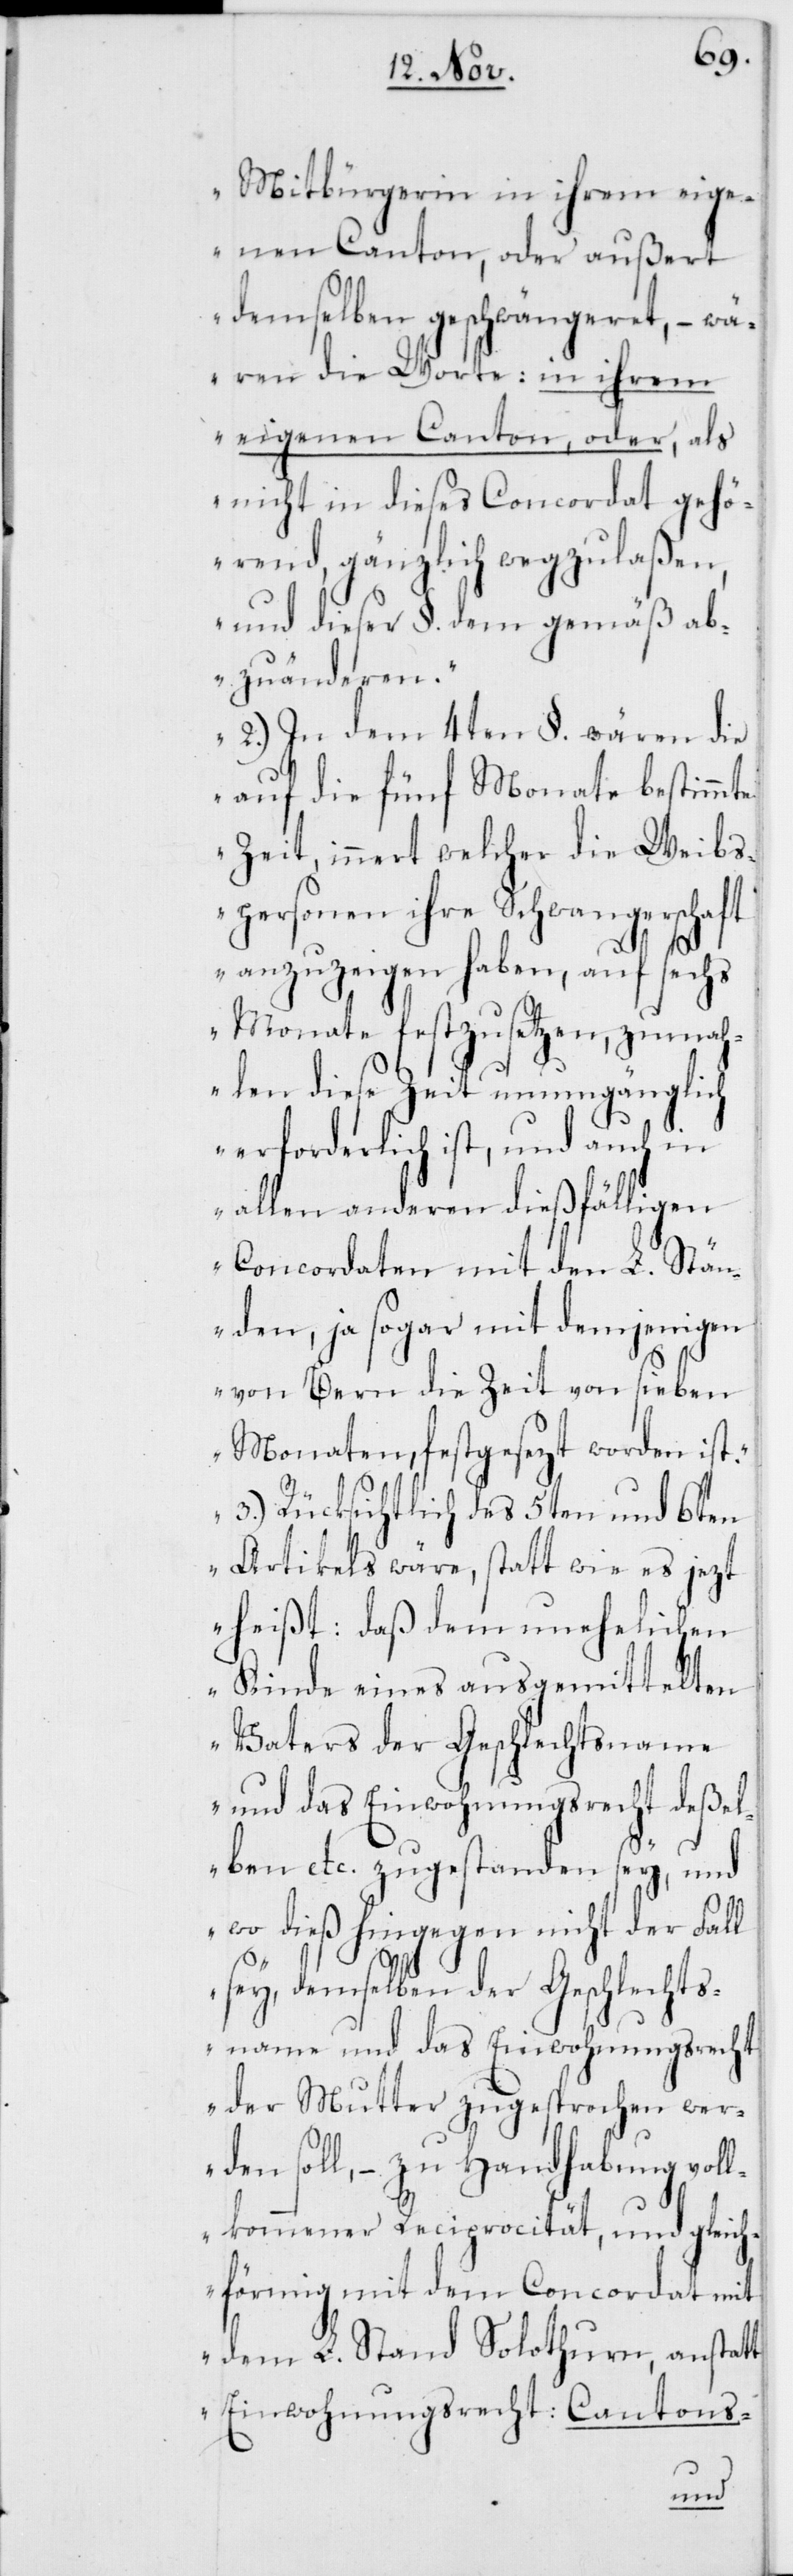
Mitbürgerin in ihrem eige¬
nen Canton, oder außert
demselben geschwängeret, – wä¬
ren die Worte: in ihrem
eigenen Canton, oder, als
nicht in dieses Concordat gehö¬
rend, gänzlich wegzulaßen,
und dieser §. demgemäß ab¬
zuänderen.“
„2.) In dem 4ten §. wären die
auf fünf Monate bestimmte
Zeit, innert welcher die Weibs¬
personen ihre Schwangerschaft
anzuzeigen haben, auf sechs
Monate festzusetzen, zumah¬
len diese Zeit unumgänglich
erforderlich ist, und auch in
allen anderen dießfälligen
Concordaten mit den L. Stän¬
den, ja sogar mit demjenigen
von Bern die Zeit von sieben
Monaten, festgesezt worden ist.“
„3. Rücksichtlich des 5ten und 6ten
Artikels wäre, statt wie es jezt
heißt: daß dem unehelichen
Kinde eines ausgemittelten
Vaters der Geschlechtsname
und das Einwohnungsrecht deßel¬
ben etc. zugestanden sey, und
wo dieß hingegen nicht der Fall
sey, demselben der Geschlechts¬
name und das Einwohnungsrecht
der Mutter zugesprochen wer¬
den soll, – zu Handhabung voll¬
kommener Reciprocität, und gleich¬
förmig mit dem Concordat mit
dem L. Stand Solothurn, anstatt
Einwohnungsrecht: Cantons-